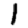
Digit: 1